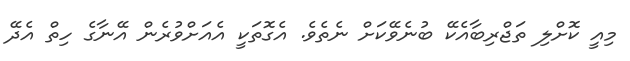
މިއީ ކޮށްލި ތަޖްރިބާއެކޭ ބުނެވޭކަށް ނެތެވެ. އެގޮތަކީ އެއަށްވުރެން އޭނާގެ ހިތް އެދޭ